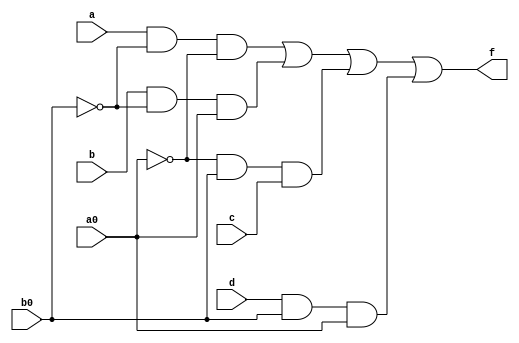
`timescale 1ns / 1ps

module inv(
    input a,
    input b,
    input c,
    input d,
    input a0,
    input b0,
    output f
);

assign f = (a & ~b0 & ~a0) | (b & ~b0 & a0) | (~a0 & b0 & c) | (d & b0 & a0);

endmodule